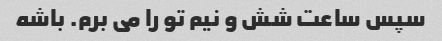
سپس ساعت شش و نیم تو را می برم. باشه